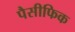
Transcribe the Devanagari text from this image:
पैसीफिक